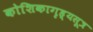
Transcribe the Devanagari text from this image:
कोशिकागृह्यसूत्र